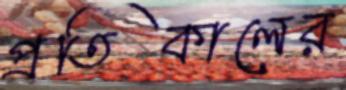
প্রতিকালের